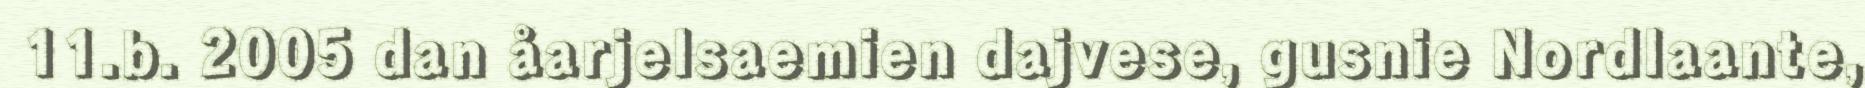
11.b. 2005 dan åarjelsaemien dajvese, gusnie Nordlaante,